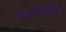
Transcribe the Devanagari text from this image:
भारतवर्षातील